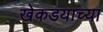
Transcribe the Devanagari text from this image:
खेकडयाच्या